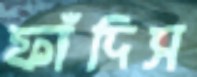
ফাঁদিস